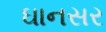
ઘાનસર